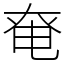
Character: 𡘤